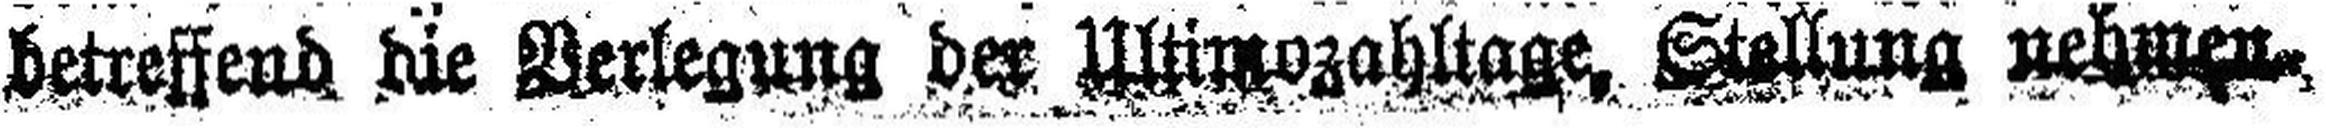
detreffend die Verlegung der Ultimozahltage, Stellung nehmen